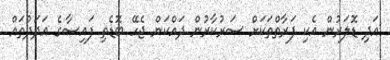
އަދި ޑޮލަރުން އެކި ފަރާތްތަކަށް ސަރުކާރުން ދައްކަން ޖެހޭ ބޮޑެތި ފައިސާގެ އަދަދުތައް